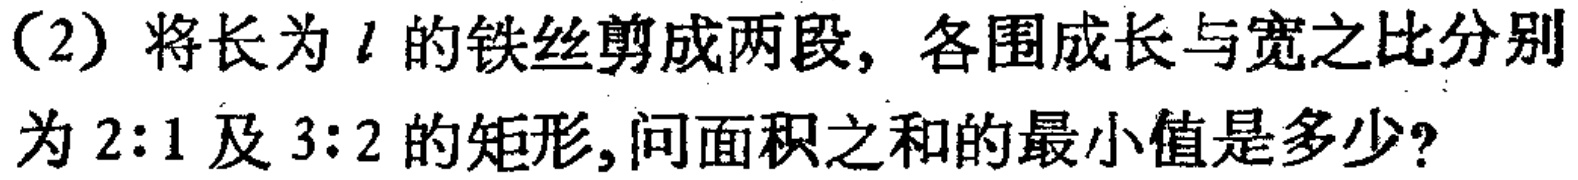
(2) 将长为 \(l\) 的铁丝剪成两段，各围成长与宽之比分别为 \(2:1\) 及 \(3:2\) 的矩形，问面积之和的最小值是多少?